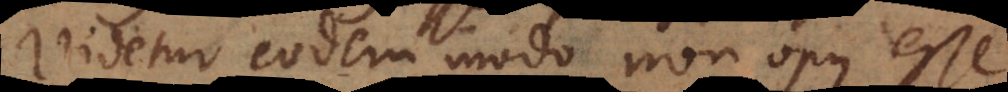
Videtur eodem modo non opus esse